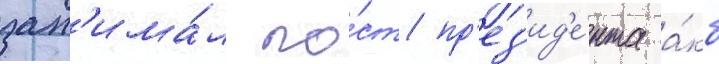
зан'има́л по́ст пр'ез'ид'е́нта а́кб